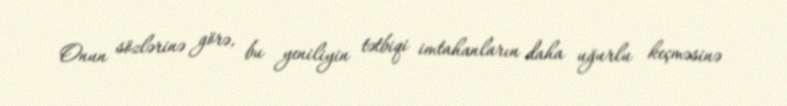
Onun sözlərinə görə, bu yeniliyin tətbiqi imtahanların daha uğurlu keçməsinə